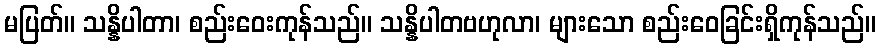
မပြတ်။ သန္နိပါတာ၊ စည်းဝေးကုန်သည်။ သန္နိပါတဗဟုလာ၊ များသော စည်းဝေခြင်းရှိကုန်သည်။